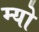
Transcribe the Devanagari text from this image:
म्‍यो